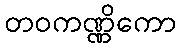
တဝကဏ္ဏိကော